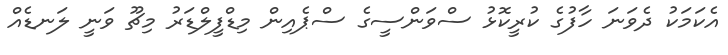
އެކަމަކު ދެވަނަ ހާފުގެ ކުރީކޮޅު ސްވަންސީގެ ސްޕެއިން މިޑްފީލްޑަރު މިޗޫ ވަނީ ލަނޑެއް